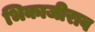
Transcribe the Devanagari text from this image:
भिकाजीराव